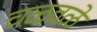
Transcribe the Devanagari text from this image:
चळवळे